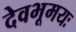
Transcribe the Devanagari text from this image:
देवभूमयः